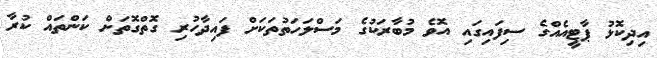
އިދިކޮޅު ޕާޓީއެއްގެ ސިފައިގައި އޮވެ މުބާރަކުގެ މަސްލަހަތުތަކަށް ފައިދާހުރި ގޮތްގޮތަށް ކަންތައް ކުރާ